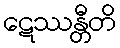
ဋေဿန္တီတိ